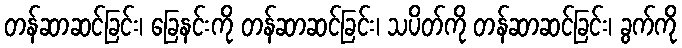
တန်ဆာဆင်ခြင်း၊ ခြေနင်းကို တန်ဆာဆင်ခြင်း၊ သပိတ်ကို တန်ဆာဆင်ခြင်း၊ ခွက်ကို